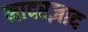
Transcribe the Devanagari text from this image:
मादरज़ाद